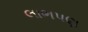
લાભપણ